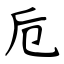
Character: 卮